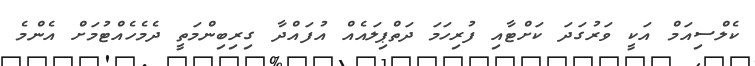
ކެލްސިއަމް އަކީ ވަރުގަދަ ކަށްޓާއި ފުރިހަމަ ދަތްޕިލައެއް އުފައްދާ ގިރިބިންމަތީ ދެމެހެއްޓުމަށް އެންމެ